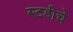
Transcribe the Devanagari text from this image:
स्टडीचे